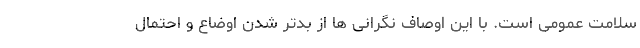
سلامت عمومی است. با این اوصاف نگرانی ها از بدتر شدن اوضاع و احتمال